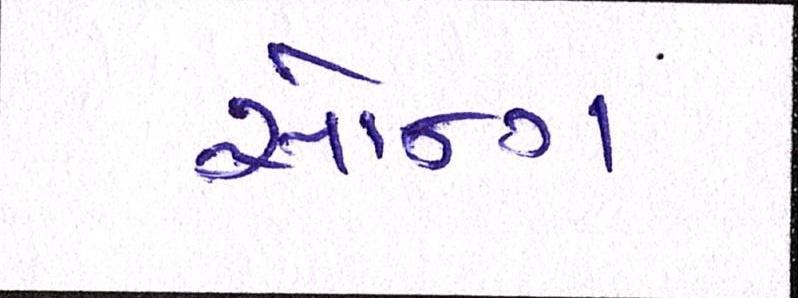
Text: સૉન્ગ